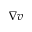
\nabla \boldsymbol { v }